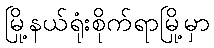
မြို့နယ်ရုံးစိုက်ရာမြို့မှာ